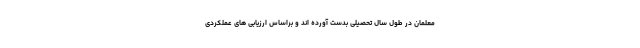
معلمان در طول سال تحصیلی بدست آورده اند و براساس ارزیابی های عملکردی